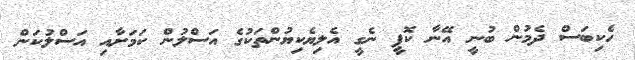
ހެކިބަސް ދެމުން ބުނީ އޭނާ ކޮޕީ ނެގީ އެލިޔެކިޔުންތަކުގެ އަސްލުން ކަމަށާއި އަސްލުކަން